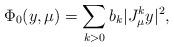
LaTeX: \begin{align*}\Phi_0(y,\mu) = \sum_{k>0} b_k |J_\mu^k y|^2,\end{align*}